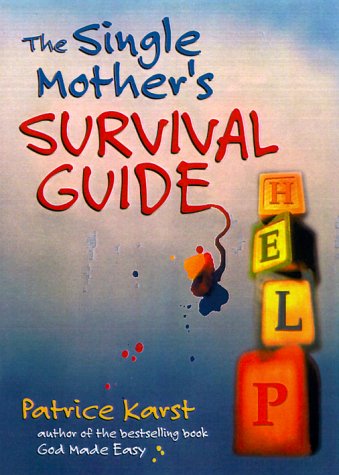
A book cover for The Single Mother's Survival Guide; Patrice Karst; Parenting & Relationships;